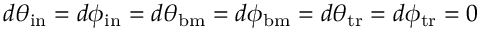
d \theta _ { \mathrm { i n } } = d \phi _ { \mathrm { i n } } = d \theta _ { \mathrm { b m } } = d \phi _ { \mathrm { b m } } = d \theta _ { \mathrm { t r } } = d \phi _ { \mathrm { t r } } = 0